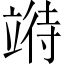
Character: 𫁧